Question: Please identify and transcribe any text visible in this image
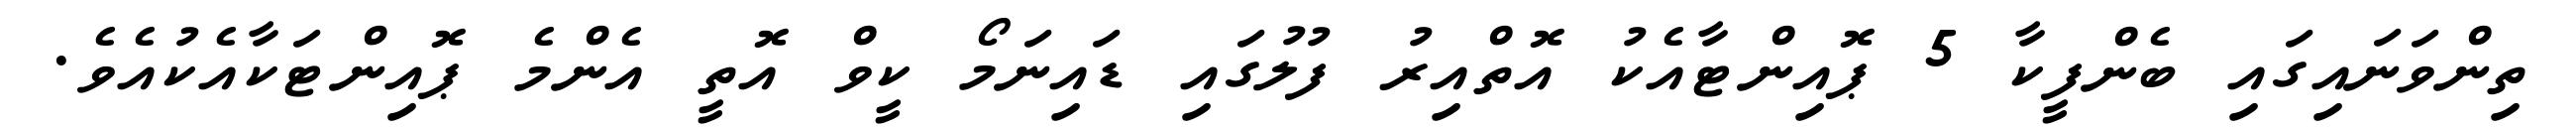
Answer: ތިންވަނައިގައި ބެންފީކާ 5 ޕޮއިންޓާއެކު އޮތްއިރު ފުލުގައި ޑައިނަމޯ ކީވް އޮތީ އެންމެ ޕޮއިންޓަކާއެކުއެވެ.